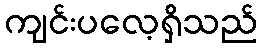
ကျင်းပလေ့ရှိသည်